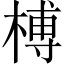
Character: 榑